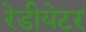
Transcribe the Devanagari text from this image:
रेडीयेटर